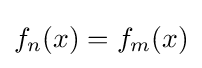
f_{n}(x)=f_{m}(x)